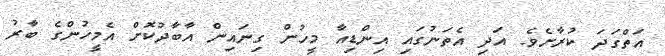
އަތްގަދަ ކުރާށެވެ. އަދި އެތަނުގައި އިންޑިއާ މީހުން ގިނައިން އާބާދުކޮށް އެމީހުންގެ ބާރު